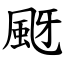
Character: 颬